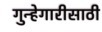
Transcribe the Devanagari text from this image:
गुन्हेगारीसाठी